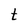
Character: t